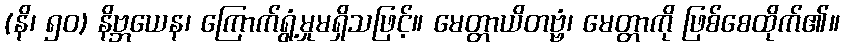
(နိ၊ ၅၀) နိဗ္ဘယေန၊ ကြောက်ရွံ့မှုမရှိသဖြင့်။ မေတ္တာယိတဗ္ဗံ၊ မေတ္တာကို ဖြစ်စေထိုက်၏။